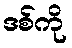
ဒစ်ကို